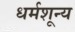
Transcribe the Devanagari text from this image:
धर्मशून्य